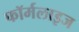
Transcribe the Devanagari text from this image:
फॉर्मलाइज